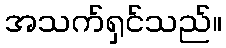
အသက်ရှင်သည်။